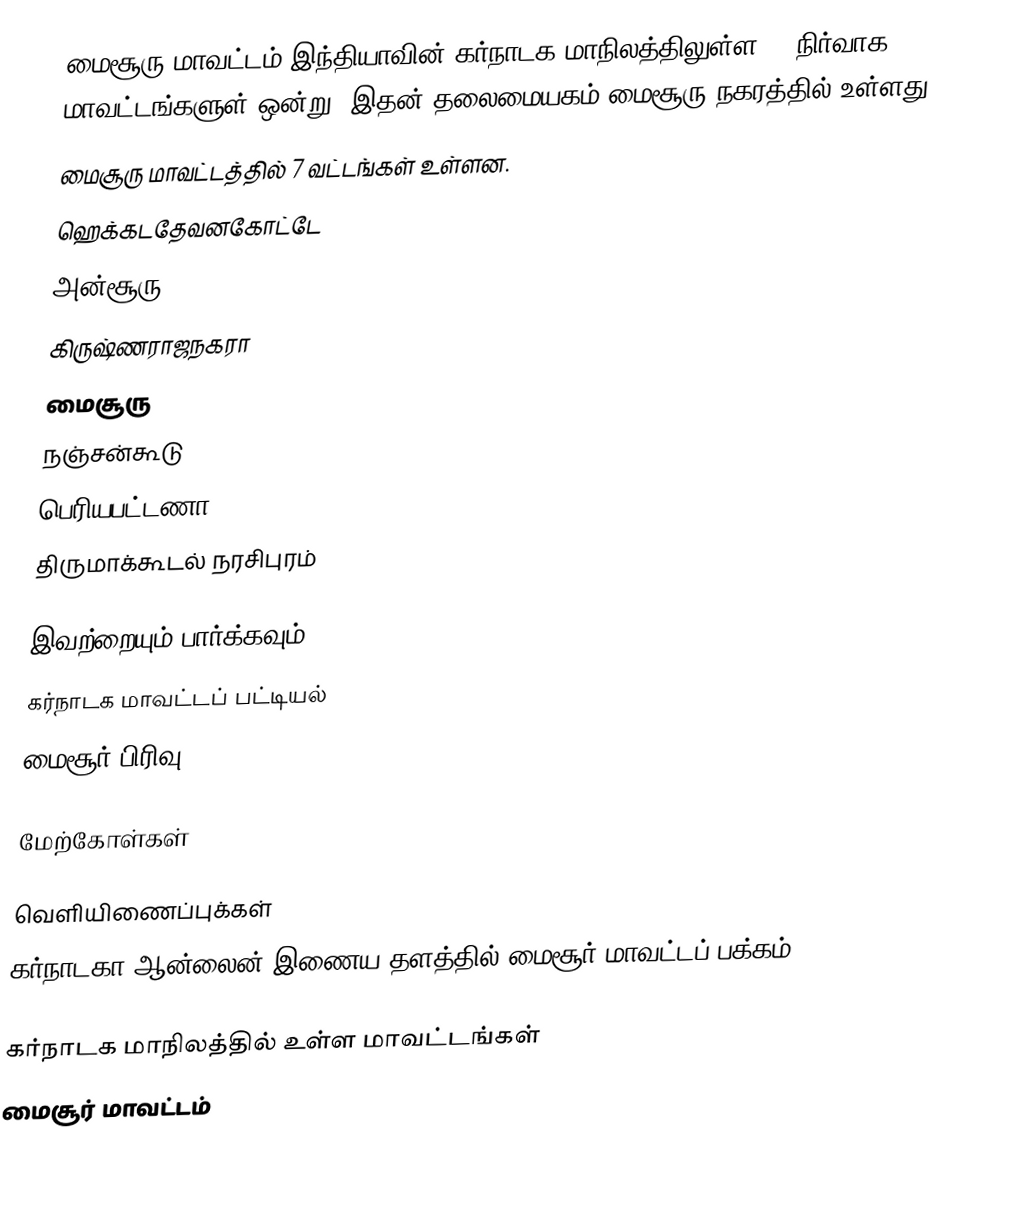
மைசூரு மாவட்டம் இந்தியாவின் கர்நாடக மாநிலத்திலுள்ள 27 நிர்வாக மாவட்டங்களுள் ஒன்று. இதன் தலைமையகம் மைசூரு நகரத்தில் உள்ளது.
மைசூரு மாவட்டத்தில் 7 வட்டங்கள் உள்ளன.
 ஹெக்கடதேவனகோட்டே
அன்சூரு
 கிருஷ்ணராஜநகரா
மைசூரு
 நஞ்சன்கூடு
	பெரியபட்டணா
	திருமாக்கூடல் நரசிபுரம்

இவற்றையும் பார்க்கவும்
கர்நாடக மாவட்டப் பட்டியல்
 மைசூர் பிரிவு

மேற்கோள்கள்

வெளியிணைப்புக்கள்
 கர்நாடகா ஆன்லைன் இணைய தளத்தில் மைசூர் மாவட்டப் பக்கம்

கர்நாடக மாநிலத்தில் உள்ள மாவட்டங்கள்
மைசூர் மாவட்டம்